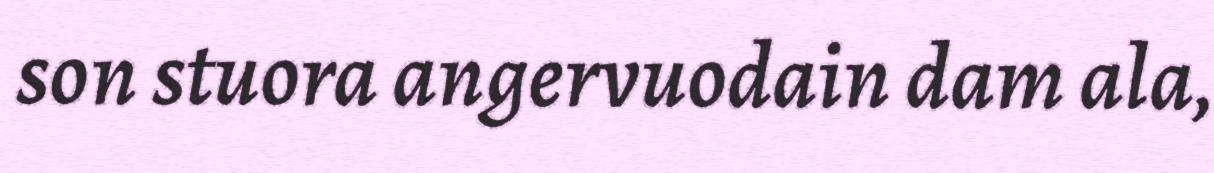
son stuora angervuodain dam ala,